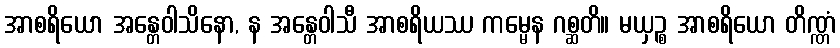
အာစရိယော အန္တေဝါသိနော, န အန္တေဝါသီ အာစရိယဿ ကမ္မေန ဂစ္ဆတိ။ မယှဉ္စ အာစရိယော တိဏ္ဏံ